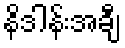
နိဒါန်းအချီ